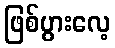
ဖြစ်ပွားလေ့